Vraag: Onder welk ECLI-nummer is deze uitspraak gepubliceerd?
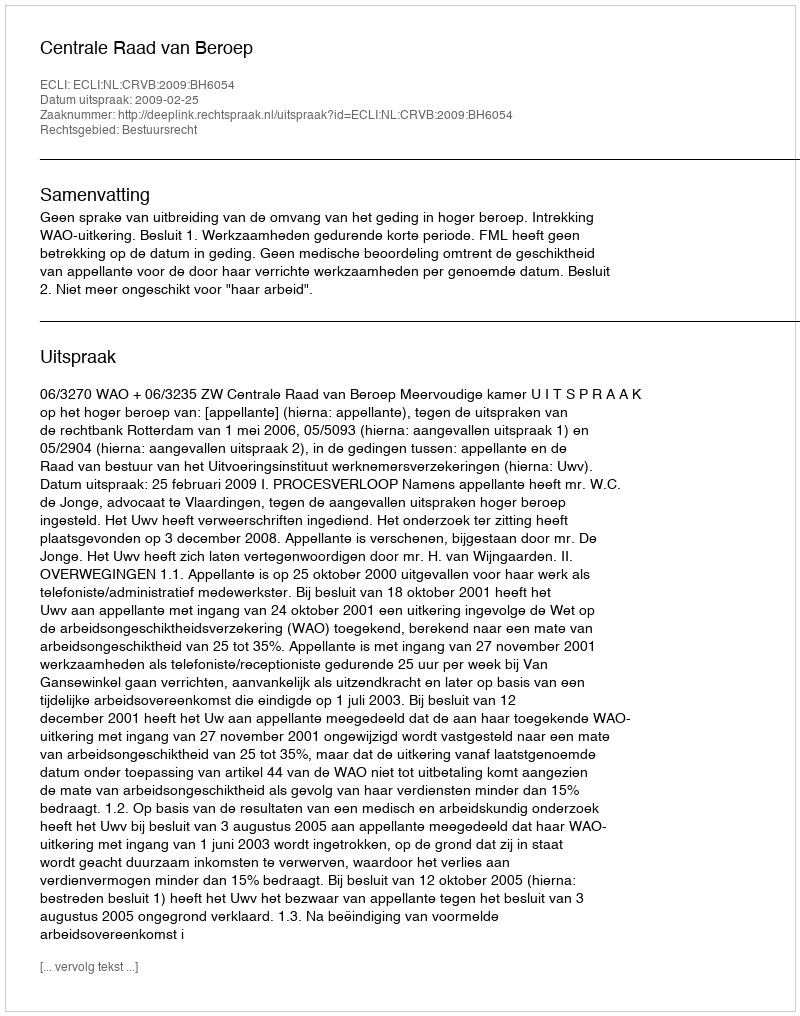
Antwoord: ECLI:NL:CRVB:2009:BH6054